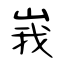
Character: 峩